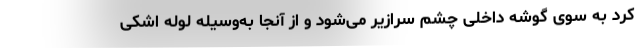
کرد به سوی گوشه داخلی چشم سرازیر می‌شود و از آنجا به‌وسیله لوله اشکی